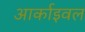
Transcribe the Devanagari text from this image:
आर्काइवल